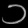
Digit: ၁